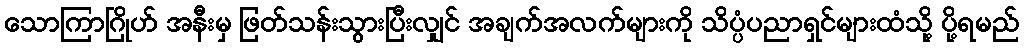
သောကြာဂြိုဟ် အနီးမှ ဖြတ်သန်းသွားပြီးလျှင် အချက်အလက်များကို သိပ္ပံပညာရှင်များထံသို့ ပို့ရမည်